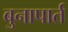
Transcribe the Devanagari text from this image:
बुनापार्त